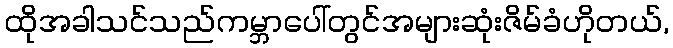
ထိုအခါသင်သည်ကမ္ဘာပေါ်တွင်အများဆုံးဇိမ်ခံဟိုတယ်,